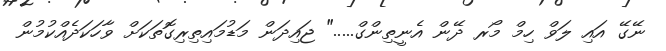
ނޭގޭ އައި ލަވް ހިމް މޯރ ދޭން އެނީތިންގް....." ޖައިދަން މަޑުމައިތިރިގޮތަކަށް ވާހަކަދެއްކުމުން